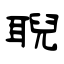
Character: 聣